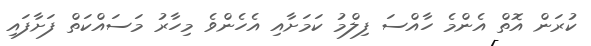
ކުރަން އޮތް އެންމެ ހާއްސަ ފިލްމު ކަމަށާއި އެހެންވެ މިހާރު މަސައްކަތް ފަށާފައި